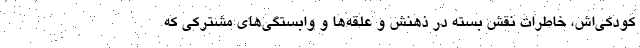
کودکی‌اش، خاطرات نقش بسته در ذهنش و علقه‌ها و وابستگی‌های مشترکی که